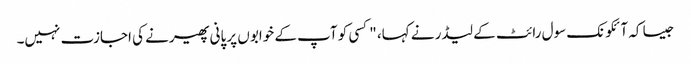
جیسا کہ آئکونک سول رائٹ کے لیڈر نے کہا، "کسی کو آپ کے خوابوں پر پانی پھیرنے کی اجازت نہیں۔